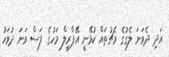
އަދި ދެވަނަ ލެގުގެ މެޗުތައް ކުޅޭނީ އޭޕްރީލް މަހުގެ ފަސް ވަނަ ދުވަހު